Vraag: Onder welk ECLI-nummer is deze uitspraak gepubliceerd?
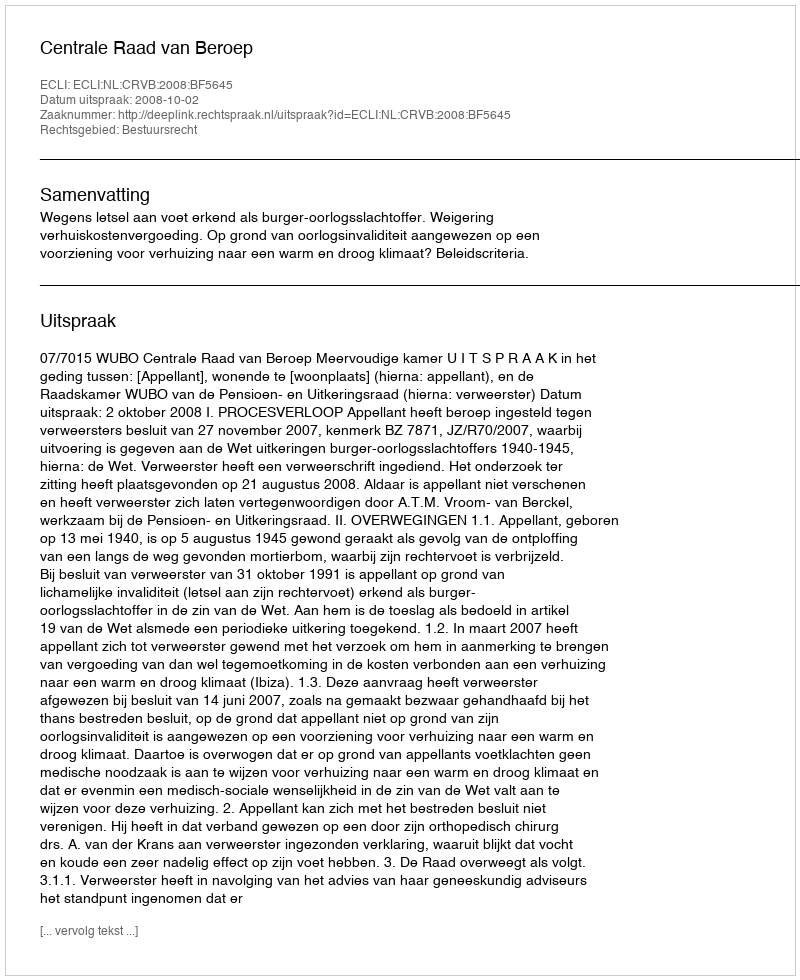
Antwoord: ECLI:NL:CRVB:2008:BF5645